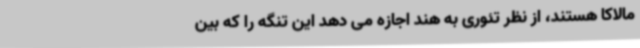
مالاکا هستند، از نظر تئوری به هند اجازه می دهد این تنگه را که بین